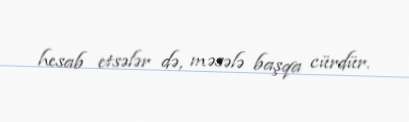
hesab etsələr də, məsələ başqa cürdür.